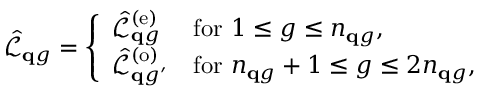
\hat { \mathcal { L } } _ { \mathbf q g } = \left\{ \begin{array} { l l } { \hat { \mathcal L } _ { { \mathbf q g } } ^ { ( \mathrm { e } ) } } & { \mathrm { f o r } ~ { 1 \le { g } \le n _ { \mathbf { q } g } } , } \\ { \hat { \mathcal L } _ { { \mathbf q g ^ { \prime } } } ^ { ( \mathrm { o } ) } } & { \mathrm { f o r } ~ { n _ { \mathbf { q } g } + 1 \leq { g } \le { 2 n _ { \mathbf { q } g } } } , } \end{array} \right.